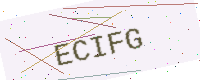
Text: ECIFG